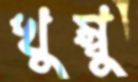
খুম্বু